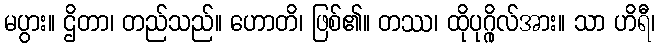
မပွား။ ဌိတာ၊ တည်သည်။ ဟောတိ၊ ဖြစ်၏။ တဿ၊ ထိုပုဂ္ဂိုလ်အား။ သာ ဟိရီ၊